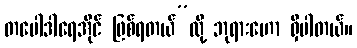
တပေါဒါရေအိုင် ဖြစ်ရတယ်”လို့ ဘုရားဟော ရှိပါတယ်။